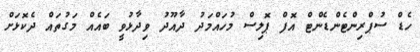
ހެޑް ސުޕްރިންޓެންޑެންޓް އޮފް ޕޮލިސް މުހައްމަދު ދާއޫދު ވިދާޅުވީ ބައެއް މަގުތައް ދެކޮޅަށް